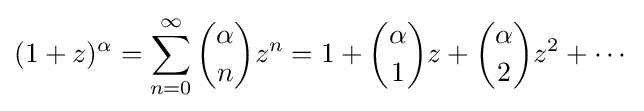
(1+z)^{\alpha }=\sum _{n=0}^{\infty }{\alpha  \choose n}z^{n}=1+{\alpha  \choose 1}z+{\alpha  \choose 2}z^{2}+\cdots